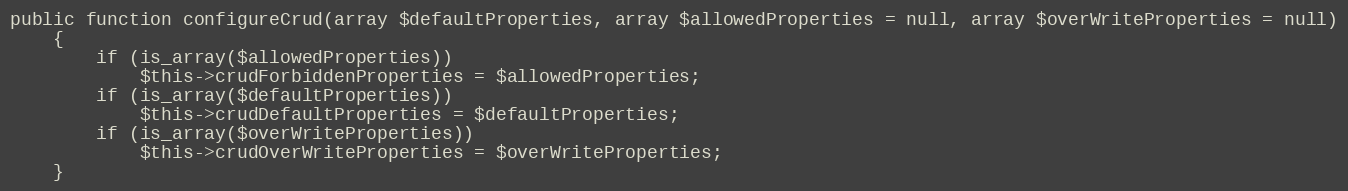
Language: PHP
public function configureCrud(array $defaultProperties, array $allowedProperties = null, array $overWriteProperties = null)
    {
        if (is_array($allowedProperties))
            $this->crudForbiddenProperties = $allowedProperties;
        if (is_array($defaultProperties))
            $this->crudDefaultProperties = $defaultProperties;
        if (is_array($overWriteProperties))
            $this->crudOverWriteProperties = $overWriteProperties;
    }